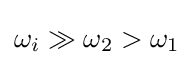
\omega _{i}\gg \omega _{2}>\omega _{1}